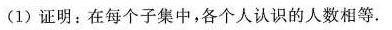
（1）证明：在每个子集中，各个人认识的人数相等.